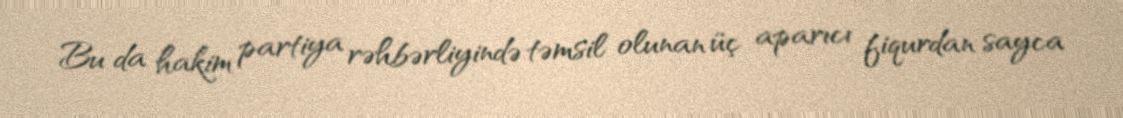
Bu da hakim partiya rəhbərliyində təmsil olunan üç aparıcı fiqurdan sayca